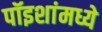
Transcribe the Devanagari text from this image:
पॉइशांमध्ये